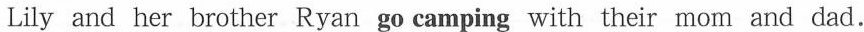
Lily and her brother Ryan go camping with their mom and dad.